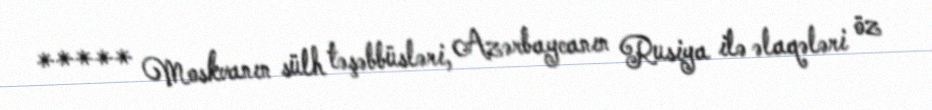
***** Moskvanın sülh təşəbbüsləri, Azərbaycanın Rusiya ilə əlaqələri öz